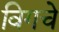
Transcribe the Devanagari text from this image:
विगचे